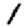
Digit: 1